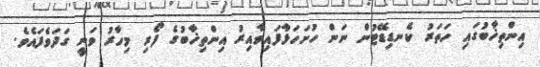
އިންތިޚާބުގައި ހަތަރު ކެނޑިޑޭޓުން ނަން ހުށަހަޅާފައިވާއިރު އިންތިޚާބުގެ ފޯރި މިހާރު ވަނީ ގަދަވެފައެވެ.